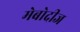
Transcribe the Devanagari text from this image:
मेबोदीज